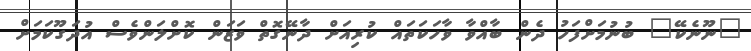
"ނޫނެކޭ" ބުނުމަށްފަހު ދެން ބާއްވާ ވާހަކަތައް ކުރިއަށް ދާނޭގޮތް ވަޒަން ކޮށްލަންވެސް އުދަގޫކަމަށް